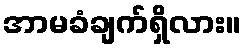
အာမခံချက်ရှိလား။